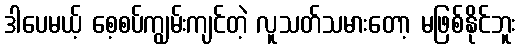
ဒါပေမယ့် စေ့စပ်ကျွမ်းကျင်တဲ့ လူသတ်သမားတော့ မဖြစ်နိုင်ဘူး